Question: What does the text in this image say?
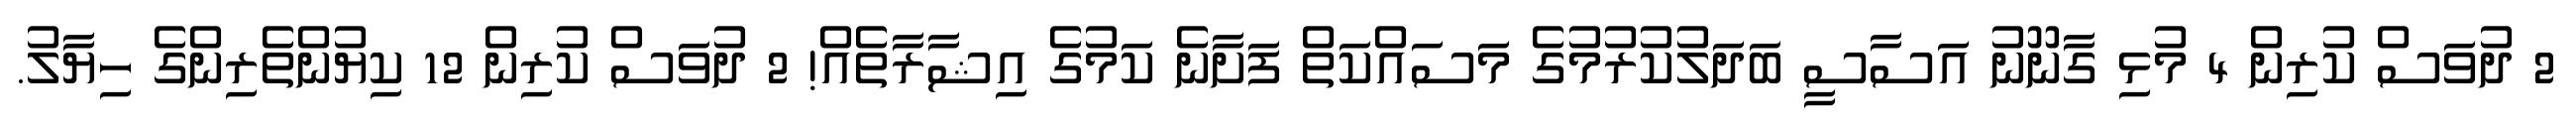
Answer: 2 ދުވަސް ކުރިން 4 މުޅި ގާނޫނު އަސާސީ ބަދަލުކުރުމުގެ މަސައްކަތް ފަށާނެ ކަމުގެ އިޝާރާތެއް! 2 ދުވަސް ކުރިން 12 ކިޔުންތެރިންގެ ހިޔާލު.